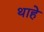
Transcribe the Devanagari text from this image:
थाहे